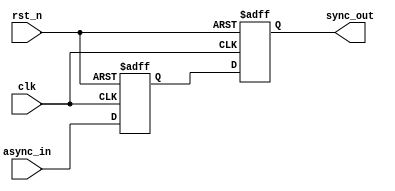
module TwoFF_Metastability_Detector (
    input wire clk,          // Clock signal
    input wire async_in,     // Asynchronous input signal
    input wire rst_n,        // Active low reset signal
    output reg sync_out      // Synchronized output signal
);

    // Internal signals for the flip-flops
    reg ff1_out;            // Output of the first flip-flop

    // First flip-flop (FF1)
    always @(posedge clk or negedge rst_n) begin
        if (!rst_n) begin
            ff1_out <= 1'b0; // Reset FF1 output to 0
        end else begin
            ff1_out <= async_in; // Sample async input
        end
    end

    // Second flip-flop (FF2)
    always @(posedge clk or negedge rst_n) begin
        if (!rst_n) begin
            sync_out <= 1'b0; // Reset sync_out to 0
        end else begin
            sync_out <= ff1_out; // Sample output of FF1
        end
    end

endmodule